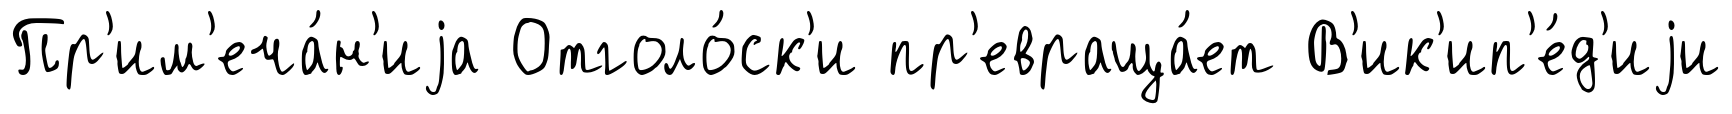
Пр'им'еча́н'иjа Отголо́ск'и пр'евраща́ет В'ик'ип'е́д'иjи